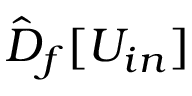
\hat { D } _ { f } [ U _ { i n } ]